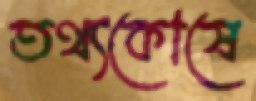
তথ্যকোষে